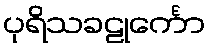
ပုရိသခဠုင်္ကော